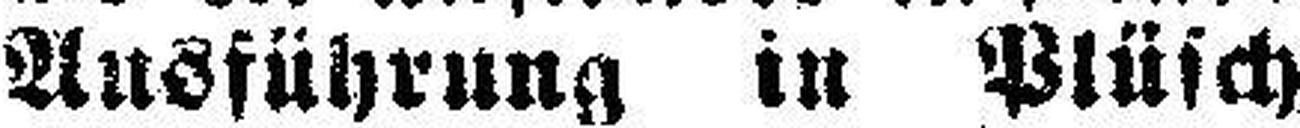
Ausführung in Plüsch